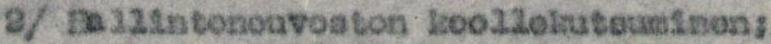
2/ Hallintoneuvoston koollekutsuminen: